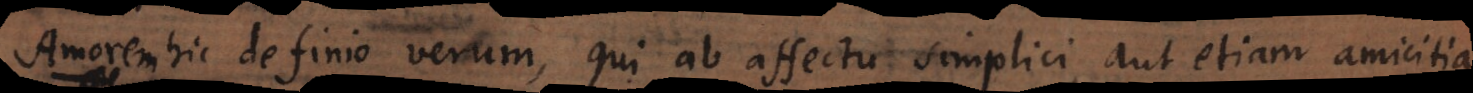
Amorem hic definio verum, qui ab affectu simplici, aut etiam amicitia